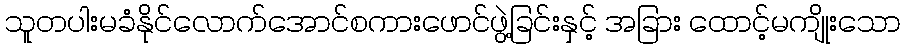
သူတပါးမခံနိုင်လောက်အောင်စကားဖောင်ဖွဲ့ခြင်းနှင့် အခြား ထောင့်မကျိုးသော